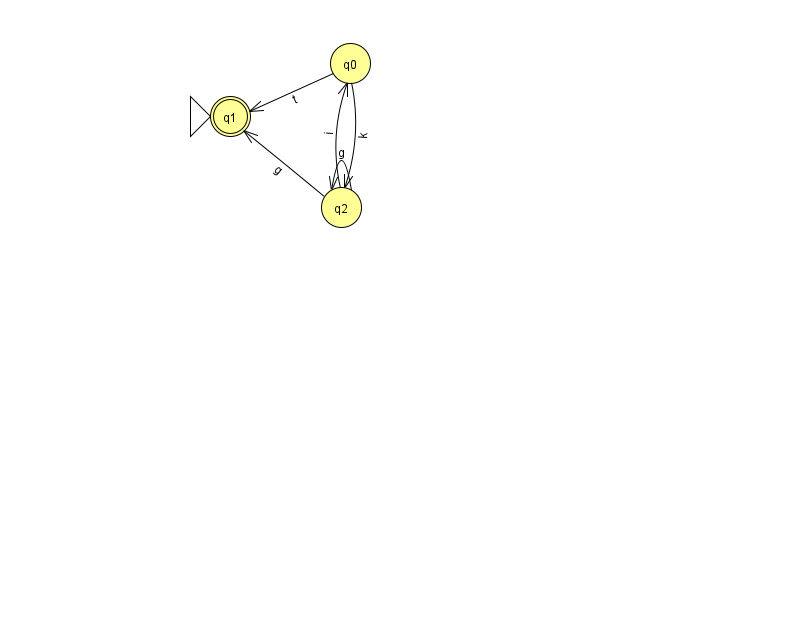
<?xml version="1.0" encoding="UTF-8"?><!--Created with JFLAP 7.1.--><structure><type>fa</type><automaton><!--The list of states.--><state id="0" name="q0"><x>350.0</x><y>50.0</y></state><state id="1" name="q1"><x>230.0</x><y>103.0</y><initial/><final/></state><state id="2" name="q2"><x>341.0</x><y>194.0</y></state><!--The list of transitions.--><transition><from>0</from><to>1</to><read>t</read></transition><transition><from>0</from><to>2</to><read>k</read></transition><transition><from>2</from><to>0</to><read>i</read></transition><transition><from>2</from><to>2</to><read>g</read></transition><transition><from>2</from><to>1</to><read>g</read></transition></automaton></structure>